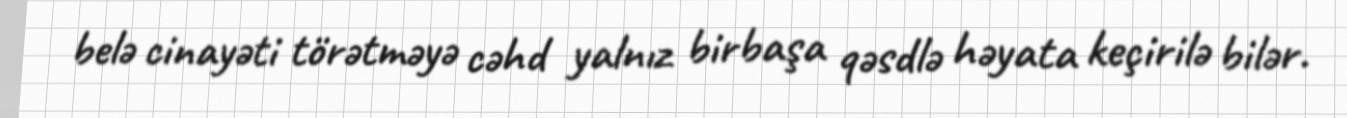
belə cinayəti törətməyə cəhd yalnız birbaşa qəsdlə həyata keçirilə bilər.